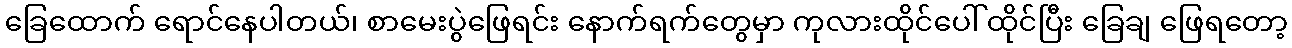
ခြေထောက် ရောင်နေပါတယ်၊ စာမေးပွဲဖြေရင်း နောက်ရက်တွေမှာ ကုလားထိုင်ပေါ် ထိုင်ပြီး ခြေချ ဖြေရတော့